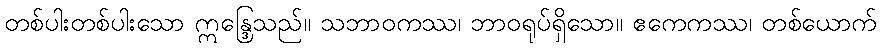
တစ်ပါးတစ်ပါးသော ဣန္ဒြေသည်။ သဘာဝကဿ၊ ဘာဝရုပ်ရှိသော။ ဧကေကဿ၊ တစ်ယောက်